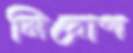
নিরোগ